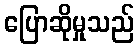
ပြောဆိုမှုသည်